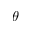
\theta